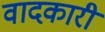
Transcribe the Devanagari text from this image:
वादकारी